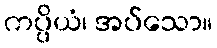
ကပ္ပိယံ၊ အပ်သော။